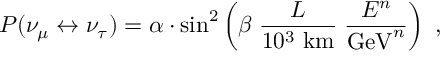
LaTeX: P ( \nu _ { \mu } \leftrightarrow \nu _ { \tau } ) = \alpha \cdot \sin ^ { 2 } \left( \beta \; \frac { L } { 1 0 ^ { 3 } \mathrm { \ k m } } \; \frac { E ^ { n } } { \mathrm { G e V } ^ { n } } \right) \ ,